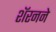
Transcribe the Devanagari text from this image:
शॅरनने